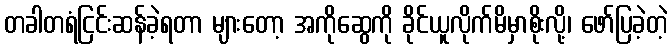
တခါတရံငြင်းဆန်ခဲ့ရတာ များတော့ အကိုဆွေကို ခိုင်ယူလိုက်မိမှာစိုးလို့၊ ဖော်ပြခဲ့တဲ့